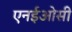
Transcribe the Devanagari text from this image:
एनईओसी